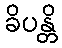
ခိပန္တိ